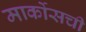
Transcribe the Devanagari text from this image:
मार्कोसची